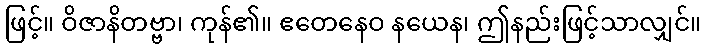
ဖြင့်။ ဝိဇာနိတဗ္ဗာ၊ ကုန်၏။ ဧတေနေဝ နယေန၊ ဤနည်းဖြင့်သာလျှင်။